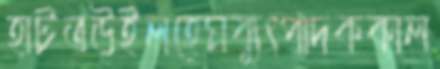
হাটতউইলহেমব্যুৎপাদককাল